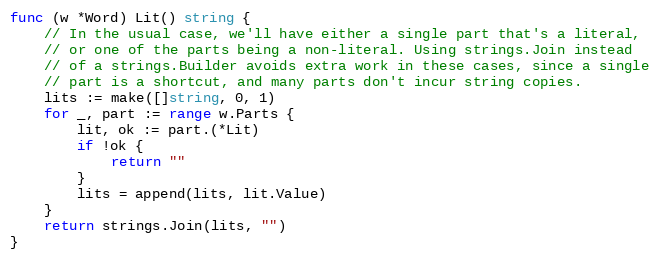
Language: Go
func (w *Word) Lit() string {
	// In the usual case, we'll have either a single part that's a literal,
	// or one of the parts being a non-literal. Using strings.Join instead
	// of a strings.Builder avoids extra work in these cases, since a single
	// part is a shortcut, and many parts don't incur string copies.
	lits := make([]string, 0, 1)
	for _, part := range w.Parts {
		lit, ok := part.(*Lit)
		if !ok {
			return ""
		}
		lits = append(lits, lit.Value)
	}
	return strings.Join(lits, "")
}